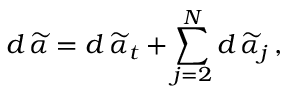
d \, \widetilde { \alpha } = d \, \widetilde { \alpha } _ { t } + \sum _ { j = 2 } ^ { N } d \, \widetilde { \alpha } _ { j } \, ,